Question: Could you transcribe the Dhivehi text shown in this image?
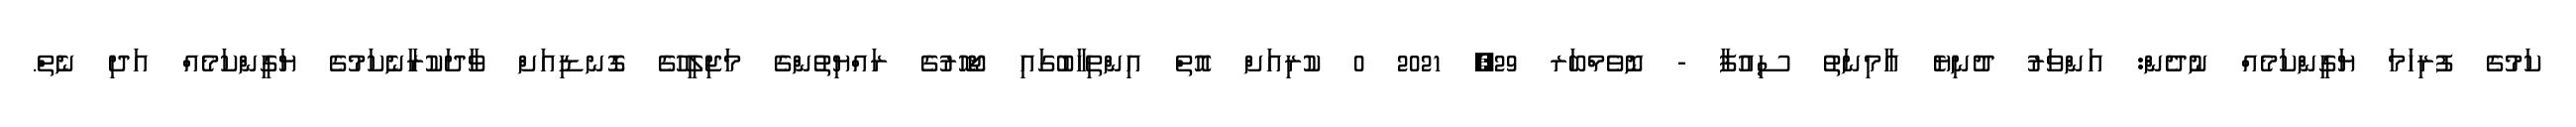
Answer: ކަމުގެ ފުރިހަމަ ޔަގީންކަމެއް ނުދެން: އަންވަރު ދުނިޔެ އާމިނަތު ސިއުފާ - ނޮވެމްބަރ 29, 2021 0 ކުރިއަށް އޮތް އިންތިހާބުގައި ޖޯހޮރުގެ ރައްޔިތުންގެ މަޖިލީހުގެ ގޮނޑިއަށް ވާދަކުރާނެކަމުގެ ޔަގީންކަމެއް އަދި ނެތް.